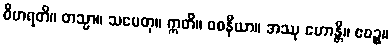
ဝိဟရတိ။ တသ္မာ။ သမေတု။ ဣတိ။ ဝစနီယာ။ အဿု ဟောန္တိ။ ဧဝဉ္စ။